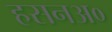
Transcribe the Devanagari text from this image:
हसनअ०